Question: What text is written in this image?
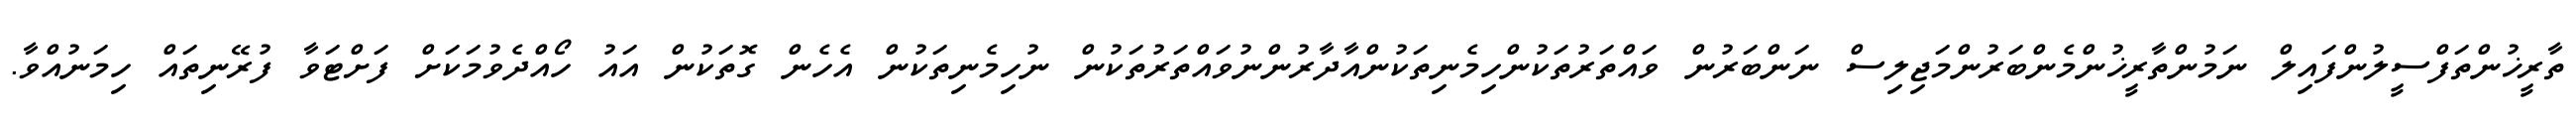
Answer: ތާރީޚުންތަފްސީލުންފައިލް ނަމުންތާރީޚުންމެންބަރުންމަޖިލިސް ނަންބަރުން ވައްތަރުތަކުންހިމެނިތަކުންއާދާރުންނުވައްތަރުތަކުން ނުހިމެނިތަކުން އެހެން ގޮތަކުން އައު ހޯއްދެވުމަކަށް ފަށްޓަވާ ފުރޭނިތައް ހިމަނުއްވާ.